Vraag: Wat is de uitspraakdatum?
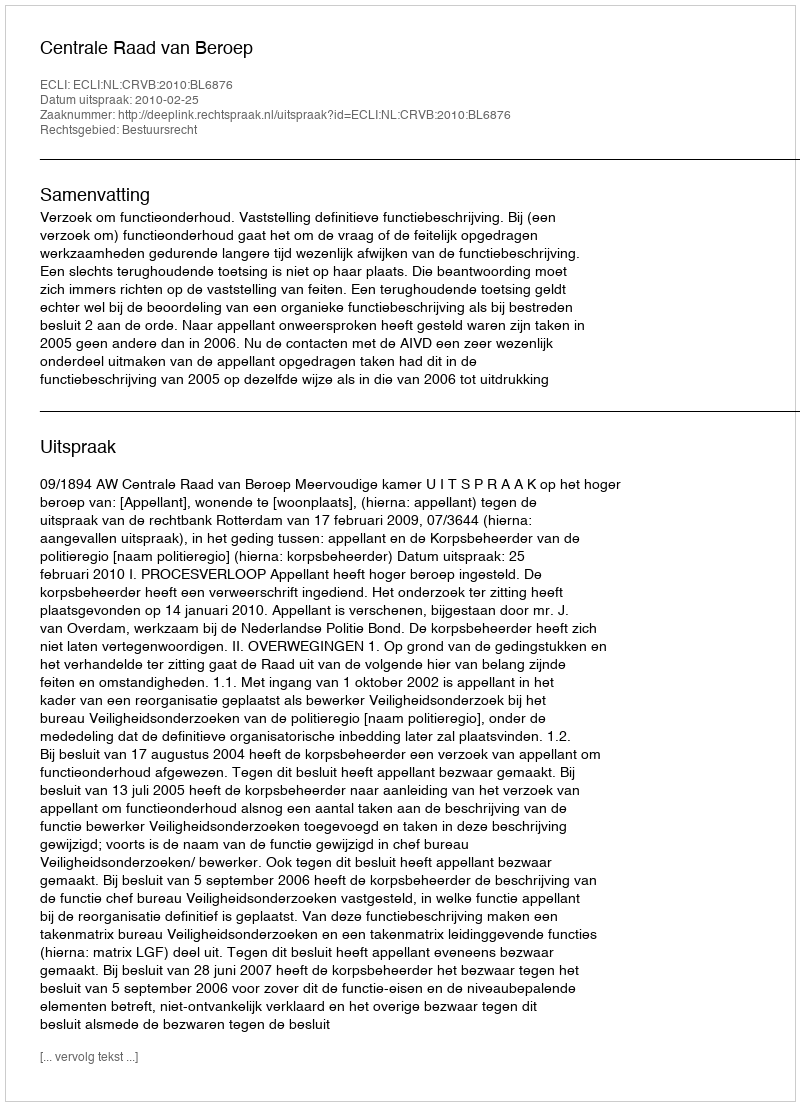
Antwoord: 2010-02-25